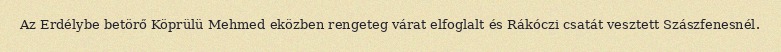
Az Erdélybe betörő Köprülü Mehmed eközben rengeteg várat elfoglalt és Rákóczi csatát vesztett Szászfenesnél.